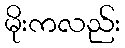
မိုးကလည်း